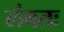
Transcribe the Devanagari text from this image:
लंबतः